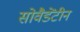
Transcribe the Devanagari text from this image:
सोवैडेंटीन